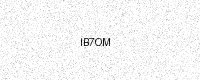
Text: IB7OM